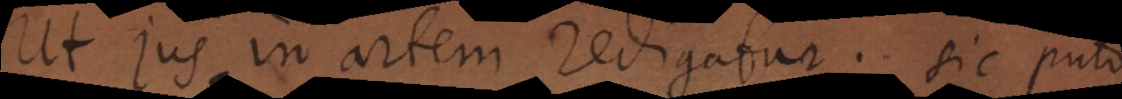
Ut Jus in artem redigatur; sic puto